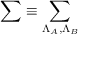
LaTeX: \sum \equiv \sum _ { \Lambda _ { A } , \Lambda _ { B } }